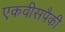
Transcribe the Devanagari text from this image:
एकवीसपैकी